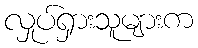
လှုပ်ရှားသူများက